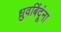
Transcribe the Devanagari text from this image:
ध्रुवबिंदूंना